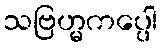
သဗြဟ္မကပ္ပေါ